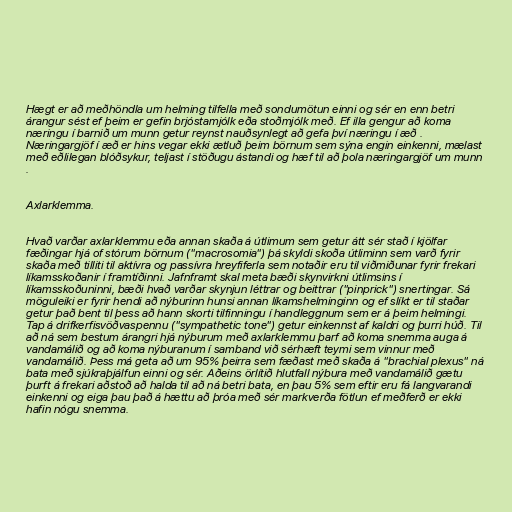
Hægt er að meðhöndla um helming tilfella með sondumötun einni og sér en enn betri
árangur sést ef þeim er gefin brjóstamjólk eða stoðmjólk með. Ef illa gengur að koma
næringu í barnið um munn getur reynst nauðsynlegt að gefa því næringu í æð .
Næringargjöf í æð er hins vegar ekki ætluð þeim börnum sem sýna engin einkenni, mælast
með eðlilegan blóðsykur, teljast í stöðugu ástandi og hæf til að þola næringargjöf um munn
.

Axlarklemma.

Hvað varðar axlarklemmu eða annan skaða á útlimum sem getur átt sér stað í kjölfar
fæðingar hjá of stórum börnum ("macrosomia") þá skyldi skoða útliminn sem varð fyrir
skaða með tilliti til aktívra og passívra hreyfiferla sem notaðir eru til viðmiðunar fyrir frekari
líkamsskoðanir í framtíðinni. Jafnframt skal meta bæði skynvirkni útlimsins í
líkamsskoðuninni, bæði hvað varðar skynjun léttrar og beittrar ("pinprick") snertingar. Sá
möguleiki er fyrir hendi að nýburinn hunsi annan líkamshelminginn og ef slíkt er til staðar
getur það bent til þess að hann skorti tilfinningu í handleggnum sem er á þeim helmingi.
Tap á drifkerfisvöðvaspennu ("sympathetic tone") getur einkennst af kaldri og þurri húð. Til
að ná sem bestum árangri hjá nýburum með axlarklemmu þarf að koma snemma auga á
vandamálið og að koma nýburanum í samband við sérhæft teymi sem vinnur með
vandamálið. Þess má geta að um 95% þeirra sem fæðast með skaða á "brachial plexus" ná
bata með sjúkraþjálfun einni og sér. Aðeins örlítið hlutfall nýbura með vandamálið gætu
þurft á frekari aðstoð að halda til að ná betri bata, en þau 5% sem eftir eru fá langvarandi
einkenni og eiga þau það á hættu að þróa með sér markverða fötlun ef meðferð er ekki
hafin nógu snemma.